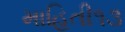
માહિતી૧૩